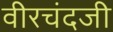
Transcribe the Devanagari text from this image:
वीरचंदजी